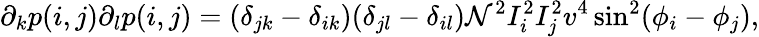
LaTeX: \partial_{k}p(i,j)\partial_{l}p(i,j)=(\delta_{jk}-\delta_{ik})(\delta_{jl}-\delta_{il})\mathcal{N}^{2}I_{i}^{2}I_{j}^{2}v^{4}\sin^{2}(\phi_{i}-\phi_{j}),